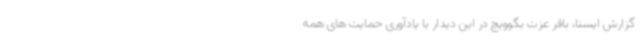
گزارش ایسنا، باقر عزت بگوویچ در این دیدار با یادآوری حمایت های همه